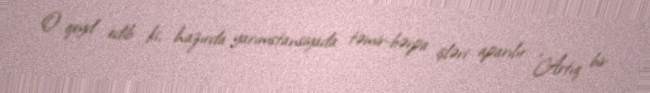
O qeyd edib ki, hazırda yarımstansiyada təmir-bərpa işləri aparılır: "Artıq bir